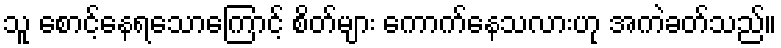
သူ စောင့်နေရသောကြောင့် စိတ်များ ကောက်နေသလားဟု အကဲခတ်သည်။